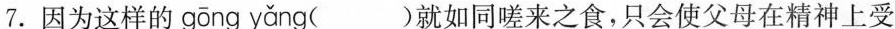
7.因为这样的 gōng y ǎng ( )就如同嗟来之食，只会使父母在精神上受